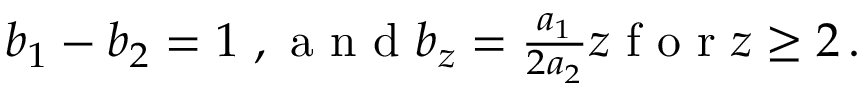
\begin{array} { r } { b _ { 1 } - b _ { 2 } = 1 \mathrm { ~ , ~ a ~ n ~ d ~ } b _ { z } = \frac { a _ { 1 } } { 2 a _ { 2 } } z \mathrm { ~ f ~ o ~ r ~ } z \ge 2 \, . } \end{array}